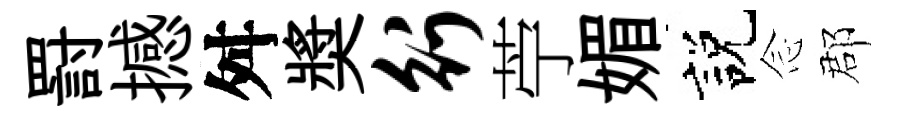
罸撼舛奬行苧媚説𫝹郡